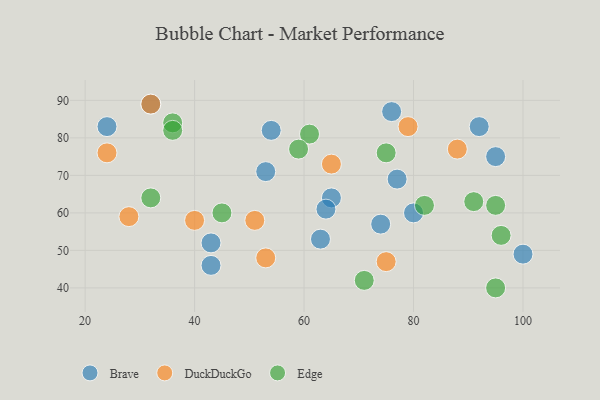
{"axis": {"x": "GDP", "y": "Life Expectancy"}, "legend": ["Brave", "DuckDuckGo", "Edge"], "data": [{"x": "63", "y": 53, "type": "Brave"}, {"x": "24", "y": 83, "type": "Brave"}, {"x": "80", "y": 60, "type": "Brave"}, {"x": "95", "y": 75, "type": "Brave"}, {"x": "53", "y": 71, "type": "Brave"}, {"x": "77", "y": 69, "type": "Brave"}, {"x": "74", "y": 57, "type": "Brave"}, {"x": "43", "y": 46, "type": "Brave"}, {"x": "65", "y": 64, "type": "Brave"}, {"x": "100", "y": 49, "type": "Brave"}, {"x": "32", "y": 89, "type": "Brave"}, {"x": "43", "y": 52, "type": "Brave"}, {"x": "54", "y": 82, "type": "Brave"}, {"x": "76", "y": 87, "type": "Brave"}, {"x": "92", "y": 83, "type": "Brave"}, {"x": "64", "y": 61, "type": "Brave"}, {"x": "32", "y": 89, "type": "DuckDuckGo"}, {"x": "28", "y": 59, "type": "DuckDuckGo"}, {"x": "24", "y": 76, "type": "DuckDuckGo"}, {"x": "88", "y": 77, "type": "DuckDuckGo"}, {"x": "51", "y": 58, "type": "DuckDuckGo"}, {"x": "75", "y": 47, "type": "DuckDuckGo"}, {"x": "65", "y": 73, "type": "DuckDuckGo"}, {"x": "79", "y": 83, "type": "DuckDuckGo"}, {"x": "53", "y": 48, "type": "DuckDuckGo"}, {"x": "40", "y": 58, "type": "DuckDuckGo"}, {"x": "32", "y": 64, "type": "Edge"}, {"x": "95", "y": 62, "type": "Edge"}, {"x": "45", "y": 60, "type": "Edge"}, {"x": "95", "y": 40, "type": "Edge"}, {"x": "36", "y": 84, "type": "Edge"}, {"x": "61", "y": 81, "type": "Edge"}, {"x": "75", "y": 76, "type": "Edge"}, {"x": "71", "y": 42, "type": "Edge"}, {"x": "96", "y": 54, "type": "Edge"}, {"x": "91", "y": 63, "type": "Edge"}, {"x": "59", "y": 77, "type": "Edge"}, {"x": "36", "y": 82, "type": "Edge"}, {"x": "82", "y": 62, "type": "Edge"}]}